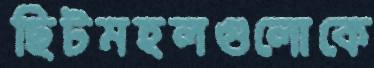
ছিটমহলগুলোকে